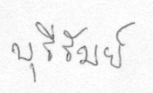
บุรีรัมย์